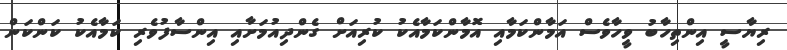
ރިޔާސީ އިންތިހާބު ވީހާވެސް އަމާންކަމާއި އޮމާންކަމާއެކު ކުރިއަށް ގެންދިއުމަށާއި އިންސާފުވެރި ކަމާއެކު ކަންކަން